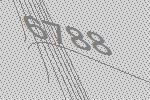
6788